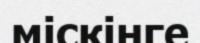
міскінге